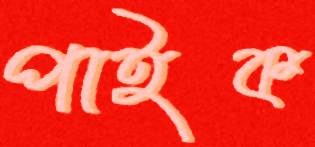
পাইক